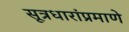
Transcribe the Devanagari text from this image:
सूत्रधारांप्रमाणे